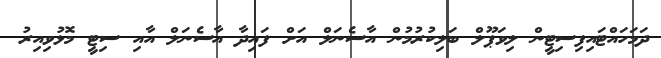
ދަމަހައްޓައިފިސިޓީން ލިވަޕޫލް ބަލިކުރުމުން އާސެނަލް އަށް ފައިދާ އާސެނަލް އާއި ސިޓީ މޮޅުވިއިރު